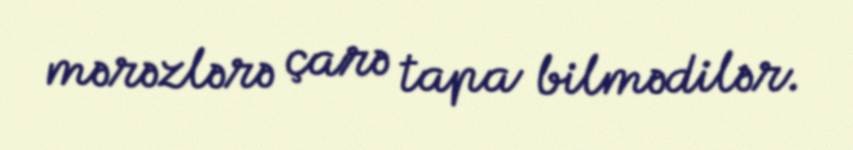
mərəzlərə çarə tapa bilmədilər.